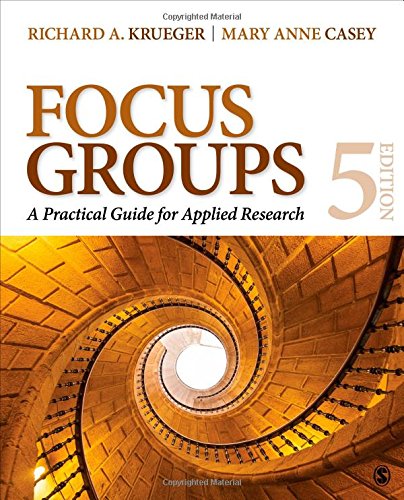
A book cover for Focus Groups: A Practical Guide for Applied Research; Richard A. Krueger; Medical Books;